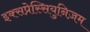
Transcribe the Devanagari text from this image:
इक्सप्रेस्सियुनिज़म